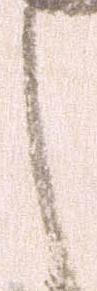
し